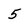
Character: 5